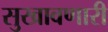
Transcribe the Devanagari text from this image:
सुखावणारी